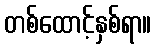
တစ်ထောင့်နှစ်ရာ။